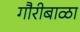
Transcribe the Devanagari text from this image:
गौरीबाळा